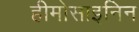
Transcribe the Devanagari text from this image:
हीमोसाइनिन